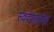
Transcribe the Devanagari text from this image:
स्वदेशातील